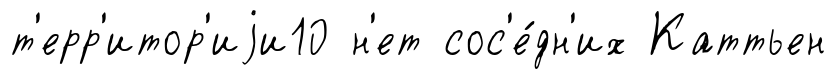
т'ерр'итор'иjи10 н'ет сос'е́дн'их Каттьен